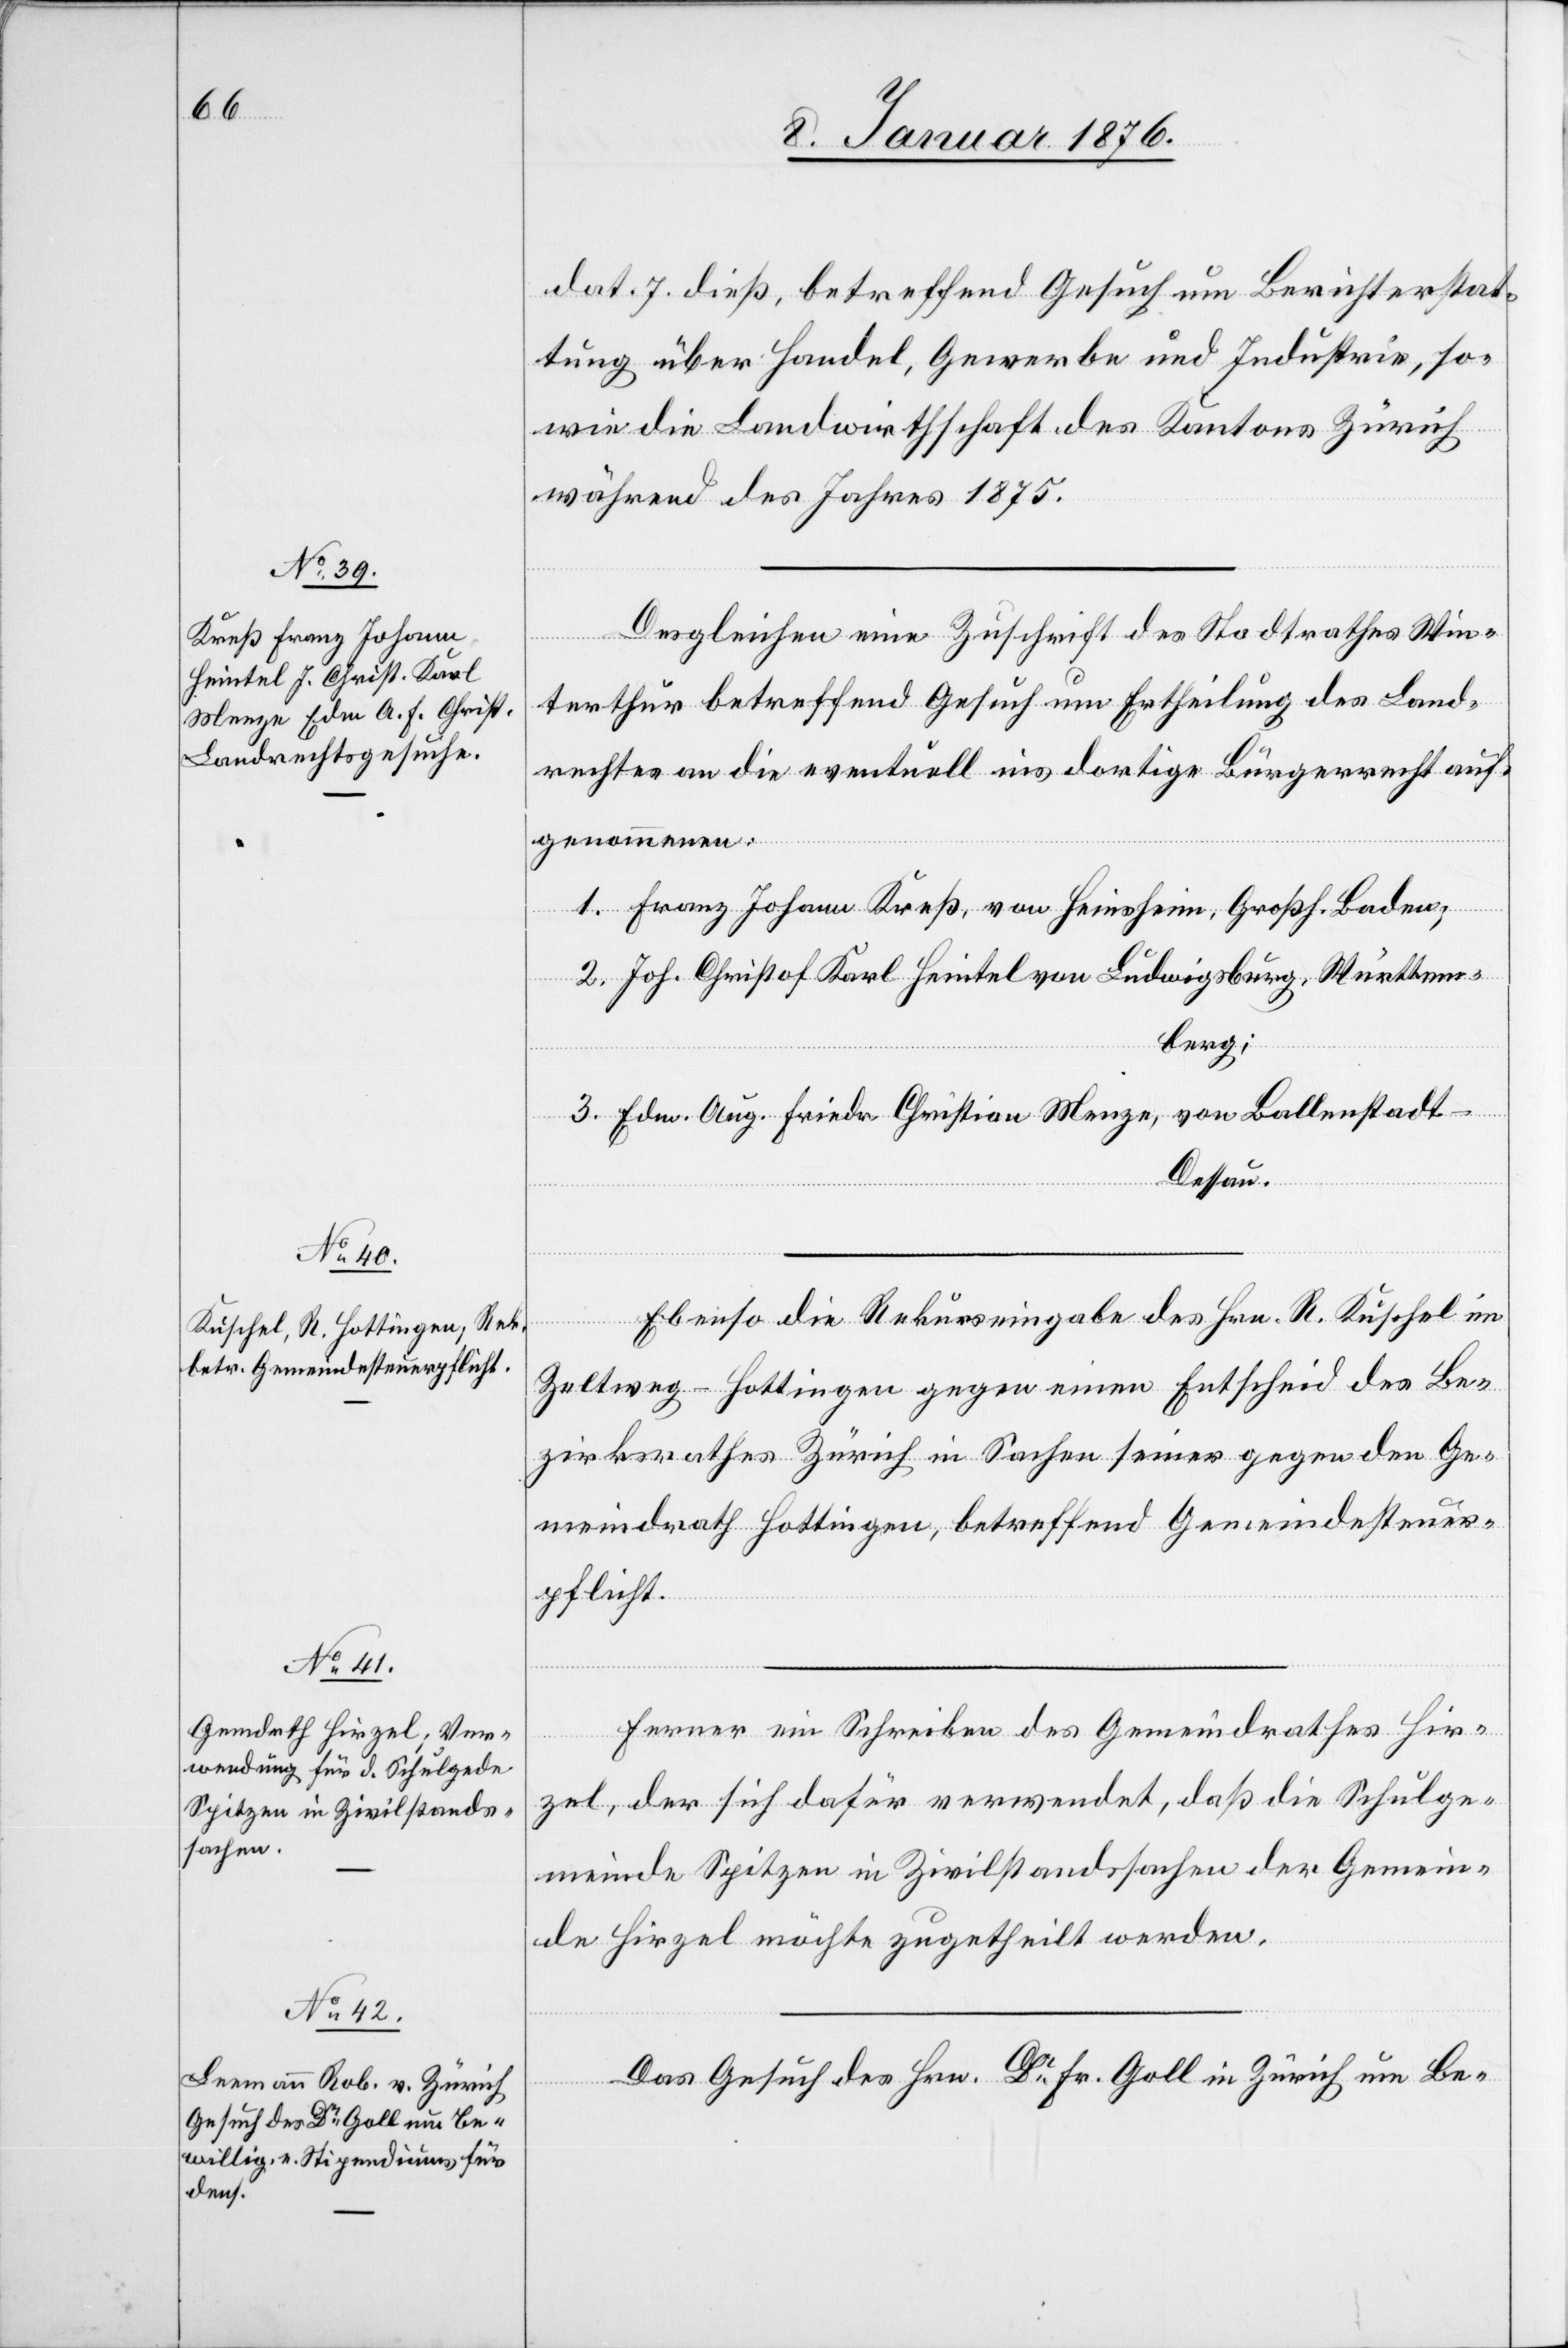
R.
11. Januar 1876.]
dat. 7. dieß, betreffend Gesuch um Berichterstat¬
tung über Handel, Gewerbe und Industrie, so¬
wie die Landwirthschaft des Kantons Zürich
während des Jahres 1875.
Desgleichen eine Zuschrift des Stadtrathes Win¬
terthur betreffend Gesuch um Ertheilung des Land¬
rechtes an die eventuell ins dortige Bürgerrecht auf¬
genommenen:
1. Franz Johann Kreß, von Heimsheim, Großh. Baden;
2. Joh. Christof Karl Heintel von Ludwigsburg, Württem¬
berg;
3. Edm. Aug. Friedr. Christian Menze, von Ballenstadt-D¬
essau.
im
Zeltweg-Hottingen gegen einen Entscheid des Be¬
zirksrathes Zürich in Sachen seiner gegen den Ge¬
meindrath Hottingen, betreffend Gemeindesteuer¬
pflicht.
Ferner ein Schreiben des Gemeindrathes Hir¬
zel, der sich dafür verwendet, daß die Schulge¬
meinde Spitzen in Zivilstandssachen der Gemein¬
de Hirzel möchte zugetheilt werden.
Das Gesuch des Hrn. Dr. Fr. Goll in Zürich um Be-